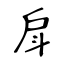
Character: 戽